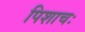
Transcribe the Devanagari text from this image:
पिशाचः